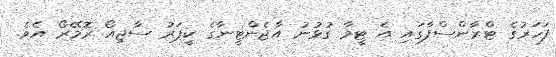
ފަހަރުގެ ޓްރާންސްފާގައި އެ ޓީމާ ގުޅުނު އާޖެންޓީނާގެ ކީޕަރު ސާޖިއޯ ރޮމޭރޯ އެވެ.